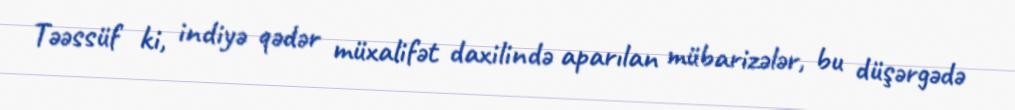
Təəssüf ki, indiyə qədər müxalifət daxilində aparılan mübarizələr, bu düşərgədə